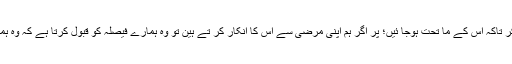
مگر خدا کسی کو مجبور نہیں کر تاکہ اس کے ما تحت ہوجا ئیں؛ پر اگر ہم اپنی مرضی سے اس کا انکار کر تے ہین تو وہ ہمارے فیصلہ کو قبول کرتا ہے کہ وہ ہمیشہ کے لئے ہم سے دور رہے۔